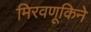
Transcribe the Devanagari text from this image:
मिरवणूकिने